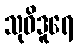
သုဝိဒူရေ